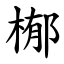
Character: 㮋